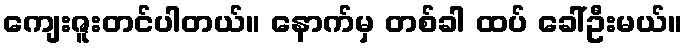
ကျေးဇူးတင်ပါတယ်။ နောက်မှ တစ်ခါ ထပ် ခေါ်ဦးမယ်။